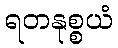
ရတနုစ္စယံ